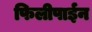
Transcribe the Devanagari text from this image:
फिलीपाईन